Report of the Indian Hemp Drugs Commission, 1894-1895 - Volume III
Year: 1894
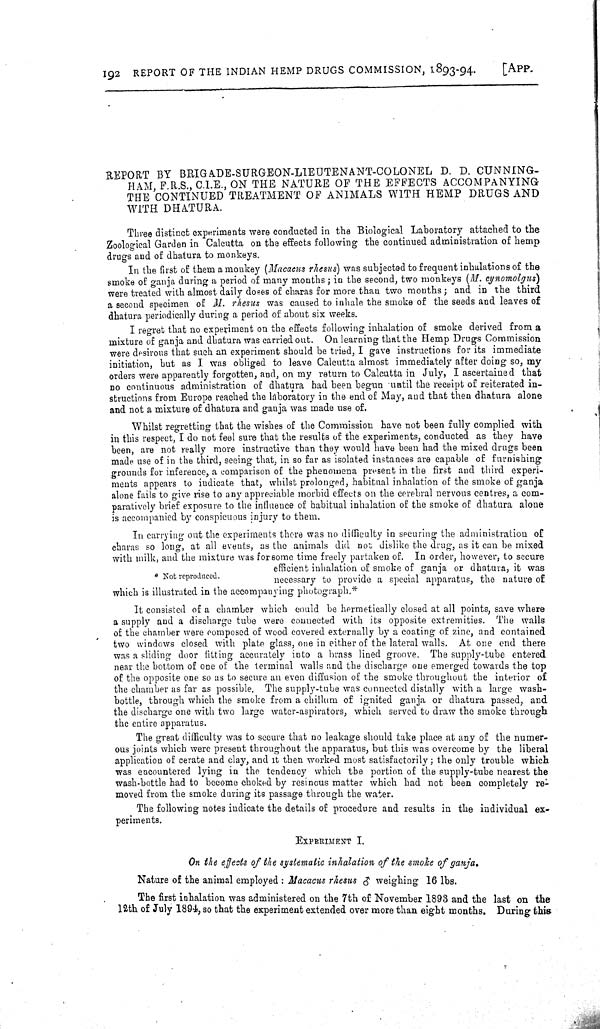
192 REPORT OF THE INDIAN HEMP DRUGS COMMISSION, 1893-94.
[APP.
REPORT BY BRIGADE-SURGEON-LIEUTENANT-COLONEL D. D. CUNNING-
HAM, F.R.S., C.I.E., ON THE NATURE OF THE EFFECTS ACCOMPANYING
THE CONTINUED TREATMENT OF ANIMALS WITH HEMP DRUGS AND
WITH DHATURA.
Three distinct experiments were conducted in the Biological Laboratory attached to the
Zoological Garden in Calcutta on the effects following the continued administration of hemp
drugs and of dhatura to monkeys.
In the first of them a monkey (Macacus rhesus) was subjected to frequent inhalations of the
smoke of ganja during a period of many months; in the second, two monkeys (M. cynomolgus)
were treated with almost daily doses of charas for more than two months; and in the third
a second specimen of M. rhesus was caused to inhale the smoke of the seeds and leaves of
dhatura periodically during a period of about six weeks.
I regret that no experiment on the effects following inhalation of smoke derived from a
mixture of ganja and dhatura was carried out. On learning that the Hemp Drugs Commission
were desirous that such an experiment should be tried, I gave instructions for its immediate
initiation, but as I was obliged to leave Calcutta almost immediately after doing so, my
orders were apparently forgotten, and, on my return to Calcutta in July, I ascertained that
no continuous administration of dhatura had been begun until the receipt of reiterated in-
structions from Europe reached the laboratory in the end of May, and that then dhatura alone
and not a mixture of dhatura and ganja was made use of.
Whilst regretting that the wishes of the Commission have not been fully complied with
in this respect, I do not feel sure that the results of the experiments, conducted as they have
been, are not really more instructive than they would have been had the mixed drugs been
made use of in the third, seeing that, in so far as isolated instances are capable of furnishing
grounds for inference, a comparison of the phenomena present in the first and third experi-
ments appears to indicate that, whilst prolonged, habitual inhalation of the smoke of ganja
alone fails to give rise to any appreciable morbid effects on the cerebral nervous centres, a com-
paratively brief exposure to the influence of habitual inhalation of the smoke of dhatura alone
is accompanied by conspicuous injury to them.
* Not reproduced.
In carrying out the experiments there was no difficulty in securing the administration of
charas so long, at all events, as the animals did not dislike the drug, as it can be mixed
with milk, and the mixture was for some time freely partaken of. In order, however, to secure
efficient inhalation of smoke of ganja or dhatura, it was
necessary to provide a special apparatus, the nature of
which is illustrated in the accompanying photograph.*
It consisted of a chamber which could be hermetically closed at all points, save where
a supply and a discharge tube were connected with its opposite extremities. The walls
of the chamber were composed of wood covered externally by a coating of zinc, and contained
two windows closed with plate glass, one in either of the lateral walls. At one end there
was a sliding door fitting accurately into a brass lined groove. The supply-tube entered
near the bottom of one of the terminal walls and the discharge one emerged towards the top
of the opposite one so as to secure an even diffusion of the smoke throughout the interior of
the chamber as far as possible. The supply-tube was connected distally with a large wash-
bottle, through which the smoke from a chillum of ignited ganja or dhatura passed, and
the discharge one with two large water-aspirators, which served to draw the smoke through
the entire apparatus.
The great difficulty was to secure that no leakage should take place at any of the numer-
ous joints which were present throughout the apparatus, but this was overcome by the liberal
application of cerate and clay, and it then worked most satisfactorily; the only trouble which
was encountered lying in the tendency which the portion of the supply-tube nearest the
wash-bottle had to become choked by resinous matter which had not been completely re-
moved from the smoke during its passage through the water.
The following notes indicate the details of procedure and results in the individual ex-
periments.
EXPERIMENT
I.
On the effects of the systematic inhalation of the smoke of ganja.
Nature of the animal employed: Macacus rhesus weighing 16 lbs.
The first inhalation was administered on the 7th of November 1893 and the last on the
12th of July 1894, so that the experiment extended over more than eight months. During this